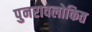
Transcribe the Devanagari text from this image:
पुनरावलोकित